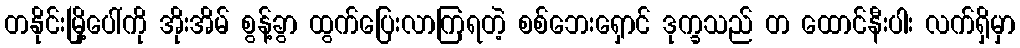
တနိုင်းမြို့ပေါ်ကို အိုးအိမ် စွန့်ခွာ ထွက်ပြေးလာကြရတဲ့ စစ်ဘေးရှောင် ဒုက္ခသည် တ ထောင်နီးပါး လက်ရှိမှာ